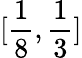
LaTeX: [\frac{1}{8},\frac{1}{3}]